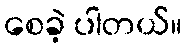
စေခဲ့ ပါတယ်။